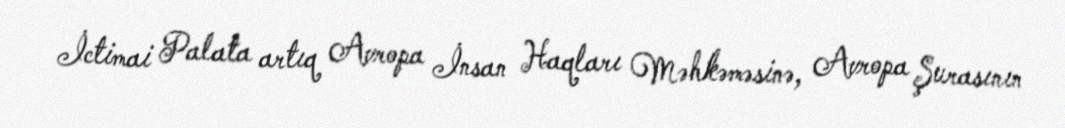
İctimai Palata artıq Avropa İnsan Haqları Məhkəməsinə, Avropa Şurasının